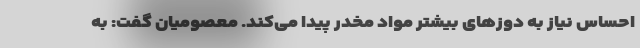
احساس نیاز به دوز‌های بیشتر مواد مخدر پیدا می‌کند. معصومیان گفت: به